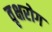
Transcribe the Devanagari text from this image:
वृक्षरोग